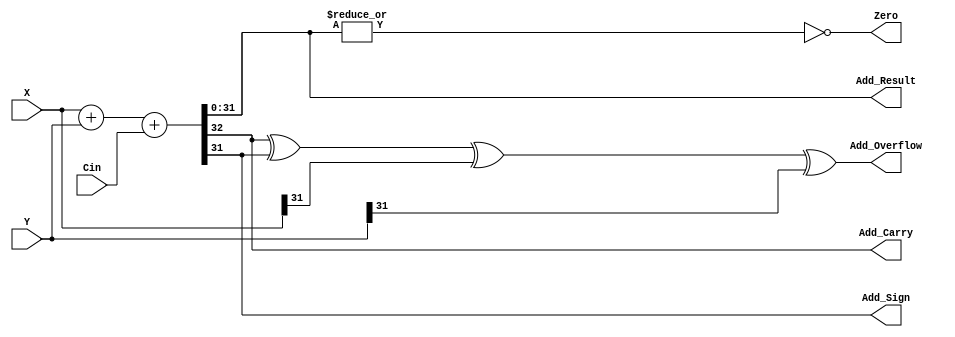
module Adder(Cin,X,Y,Add_Carry,Add_Overflow,Add_Sign,Add_Result,Zero);
parameter k=32;
input [k-1:0] X,Y;
input Cin;
output reg [k-1:0]Add_Result;
output Add_Carry,Add_Overflow,Add_Sign,Zero;
reg Add_Carry;
assign Zero=~|Add_Result;
assign Add_Sign=Add_Result[31];	//
assign Add_Overflow=Add_Carry^Add_Result[k-1]^X[k-1]^Y[k-1];
always @(X or Y or Cin)
{Add_Carry,Add_Result}=X+Y+Cin;
endmodule